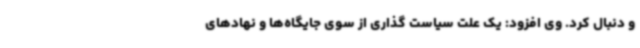
و دنبال کرد. وی افزود: یک علت سیاست گذاری از سوی جایگاه‌ها و نهادهای